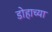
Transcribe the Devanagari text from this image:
डोहाच्या